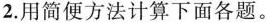
2.用简便方法计算下面各题。